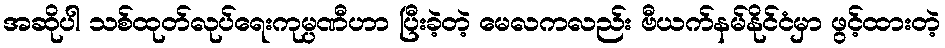
အဆိုပါ သစ်ထုတ်လုပ်ရေးကုမ္ပဏီဟာ ပြီးခဲ့တဲ့ မေလကလည်း ဗီယက်နမ်နိုင်ငံမှာ ဖွင့်ထားတဲ့